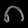
Digit: ၈